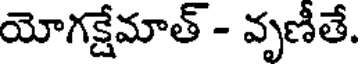
యోగక్షేమాత్ - వృణీతే.